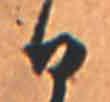
日